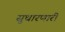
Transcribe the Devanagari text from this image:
सुधारणारी